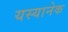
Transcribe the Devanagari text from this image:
यस्यानेक